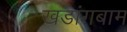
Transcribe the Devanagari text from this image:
खडांगबाम